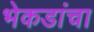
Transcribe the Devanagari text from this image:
भेकडांचा